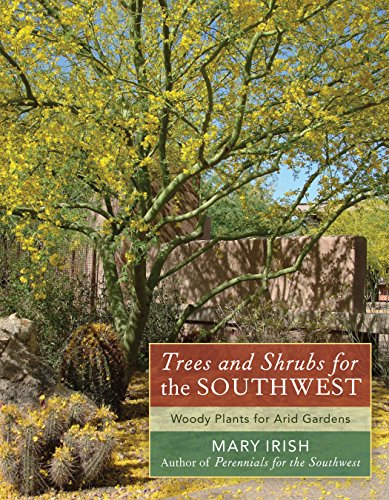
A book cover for Trees and Shrubs for the Southwest: Woody Plants for Arid Gardens; Mary Irish; Crafts, Hobbies & Home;